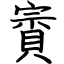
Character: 賨